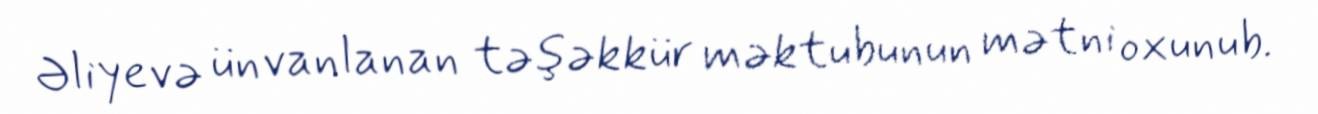
Əliyevə ünvanlanan təşəkkür məktubunun mətni oxunub.